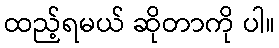
ထည့်ရမယ် ဆိုတာကို ပါ။